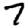
Digit: 7